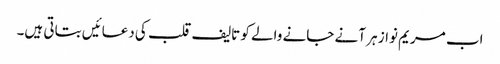
اب مریم نواز ہر آنے جانے والے کو تالیف قلب کی دعائیں بتاتی ہیں۔